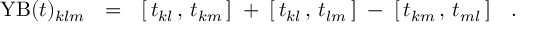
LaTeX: \mathrm { Y B } ( t ) _ { k l m } ~ ~ = ~ ~ [ \, t _ { k l } \, , \, t _ { k m } \, ] \; + \; [ \, t _ { k l } \, , \, t _ { l m } \, ] \; - \; [ \, t _ { k m } \, , \, t _ { m l } \, ] ~ ~ ~ .